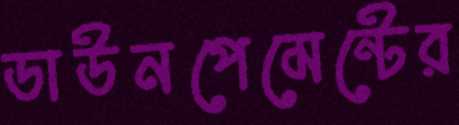
ডাউনপেমেন্টের